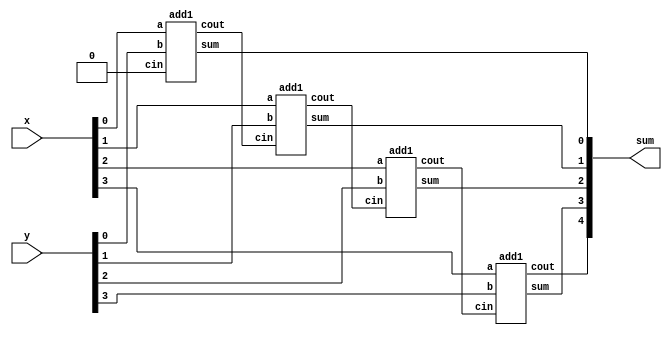
module top_module (
    input [3:0] x,
    input [3:0] y, 
    output [4:0] sum);
    wire w1, w2, w3;
    add1 u1(x[0], y[0], 1'b0, w1, sum[0]);
    add1 u2(x[1], y[1], w1, w2, sum[1]);
    add1 u3(x[2], y[2], w2, w3, sum[2]);
    add1 u4(x[3], y[3], w3, sum[4], sum[3]);
endmodule

module add1(input a, input b, input cin, output cout, output sum);
    assign cout = (a & b) | (a & cin) | (b & cin);
    assign sum = a ^ b ^ cin;
    
endmodule